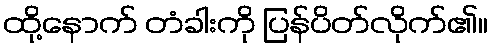
ထို့နောက် တံခါးကို ပြန်ပိတ်လိုက်၏။